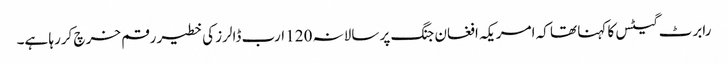
رابرٹ گیٹس کا کہنا تھا کہ امریکہ افغان جنگ پر سالانہ 120 ارب ڈالرز کی خطیر رقم خرچ کررہا ہے۔